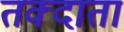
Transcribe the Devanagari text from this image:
तक्दाता